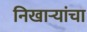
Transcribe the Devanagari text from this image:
निखाऱ्यांचा